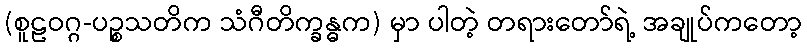
(စူဠဝဂ္ဂ-ပဉ္စသတိက သံဂီတိက္ခန္ဓက) မှာ ပါတဲ့ တရားတော်ရဲ့ အချုပ်ကတော့